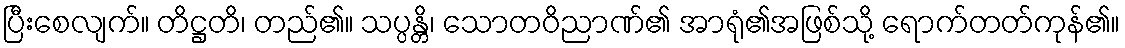
ပြီးစေလျက်။ တိဋ္ဌတိ၊ တည်၏။ သပ္ပန္တိ၊ သောတဝိညာဏ်၏ အာရုံ၏အဖြစ်သို့ ရောက်တတ်ကုန်၏။